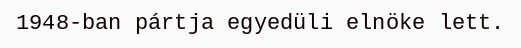
1948-ban pártja egyedüli elnöke lett.